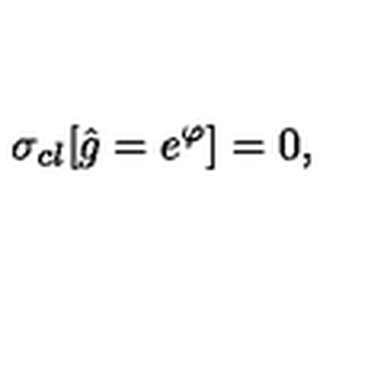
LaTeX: \sigma _ { c l } [ \hat { g } = e ^ { \varphi } ] = 0 ,